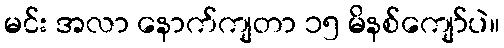
မင်း အလာ နောက်ကျတာ ၁၅ မိနစ်ကျော်ပဲ။